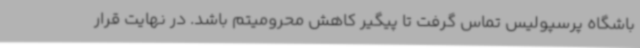
باشگاه پرسپولیس تماس گرفت تا پیگیر کاهش محرومیتم باشد. در نهایت قرار